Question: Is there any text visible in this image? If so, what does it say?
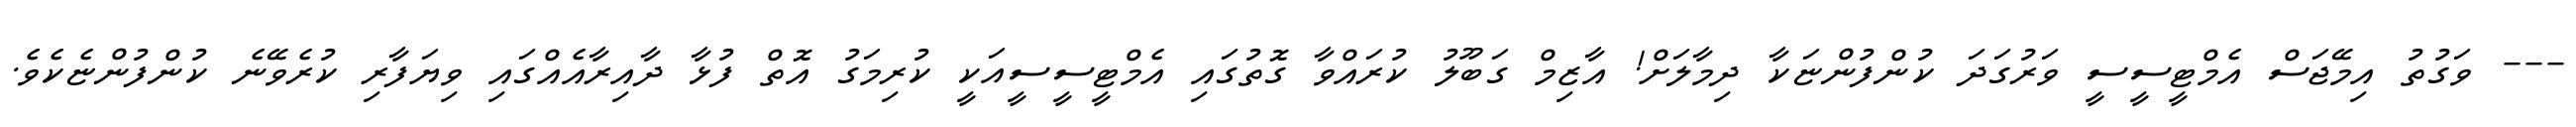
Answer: --- ވަގުތު އިމޭޖަސް އެމްޓީސީސީ ވަރުގަދަ ކުންފުންޏަކާ ދިމާލަށް! އާޒިމް ގަބޫލު ކުރައްވާ ގޮތުގައި އެމްޓީސީސީއަކީ ކުރިމަގު އޮތް ފުޅާ ދާއިރާއެއްގައި ވިޔަފާރި ކުރެވޭނެ ކުންފުންޏެކެވެ.